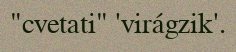
"cvetati" 'virágzik'.